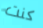
كنت